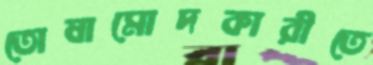
তোষামোদকারীতে